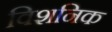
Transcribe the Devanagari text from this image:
विशनिक